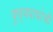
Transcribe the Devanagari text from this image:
पुण्यपापांची